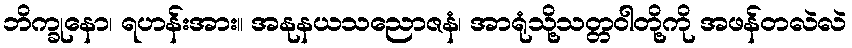
ဘိက္ခုနော၊ ရဟန်းအား။ အနုနယသညောဇနံ၊ အာရုံသို့သတ္တဝါတို့ကို အဖန်တလဲလဲ